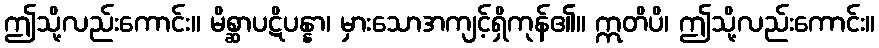
ဤသို့လည်းကောင်း။ မိစ္ဆာပဋိပန္နာ၊ မှားသောအကျင့်ရှိကုန်၏။ ဣတိပိ၊ ဤသို့လည်းကောင်း။